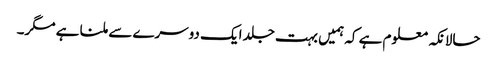
حالانکہ معلوم ہے کہ ہمیں بہت جلد ایک دوسرے سے ملنا ہے مگر۔